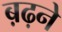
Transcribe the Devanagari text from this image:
ब़ढ़ने